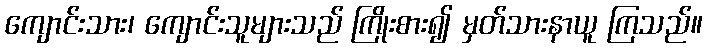
ကျောင်းသား၊ ကျောင်းသူများသည် ကြိုးစား၍ မှတ်သားနာယူ ကြသည်။